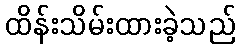
ထိန်းသိမ်းထားခဲ့သည်